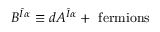
B ^ { \hat { I } \alpha } \equiv d A ^ { \hat { I } \alpha } + \mathrm { \, \, f e r m i o n s }